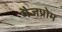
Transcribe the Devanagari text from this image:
गैजप्रोम